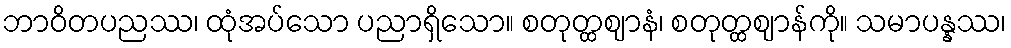
ဘာဝိတပညဿ၊ ထုံအပ်သော ပညာရှိသော။ စတုတ္ထဈာနံ၊ စတုတ္ထဈာန်ကို။ သမာပန္နဿ၊